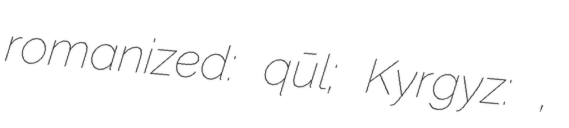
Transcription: romanized: qūl; Kyrgyz: кул,